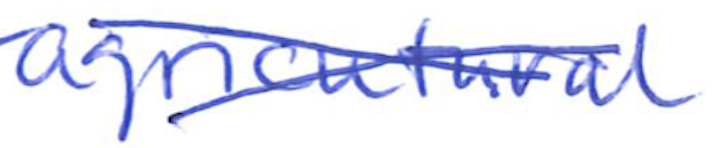
Text: agricultural
Cross-out: cross
Writing tool: ballpoint